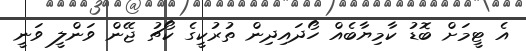
އެ ޓީމަށް ބޮޑު ކާމިޔާބެއް ހޯދައިދިން ތުރުކީގެ ކޯޗު ޖޭން ވަންލީ ވަނީ